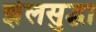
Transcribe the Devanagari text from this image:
झेलसुद्धा